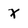
Character: x